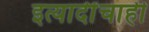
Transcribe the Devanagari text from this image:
इत्यादींचाही